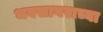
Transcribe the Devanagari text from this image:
भवसागराच्या